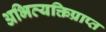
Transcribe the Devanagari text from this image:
अभिव्यक्तिप्राप्त